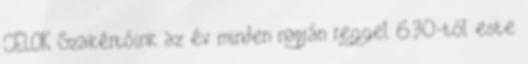
CÉLOK Szakértőink az év minden napján reggel 6.30-tól este